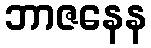
ဘာဇနေန